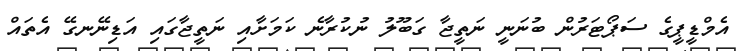
އެމްޑީޕީގެ ސަޕޯޓަރުން ބުނަނީ ނަތީޖާ ގަބޫލު ނުކުރާނެ ކަމަށާއި ނަތީޖާގައި އަޑިނޭނގޭ އެތައް